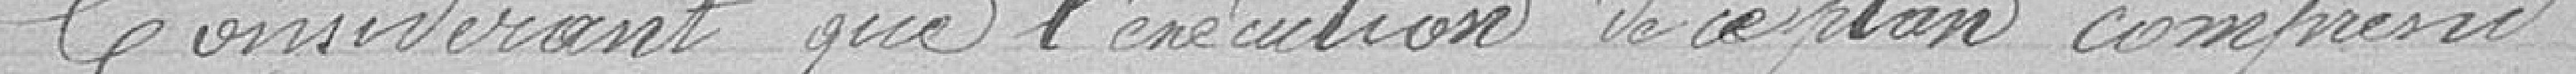
considérant que l'exécution de ce plan comprend